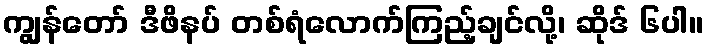
ကျွန်တော် ဒီဖိနပ် တစ်ရံလောက်ကြည့်ချင်လို့၊ ဆိုဒ် ၆ပါ။